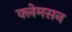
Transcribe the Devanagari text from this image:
क्लेमसन